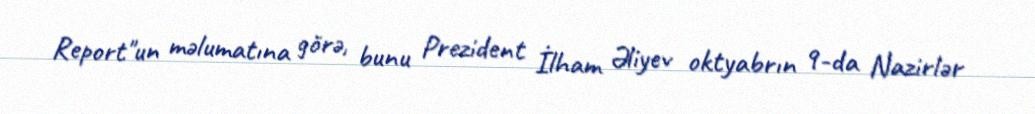
Report"un məlumatına görə, bunu Prezident İlham Əliyev oktyabrın 9-da Nazirlər